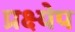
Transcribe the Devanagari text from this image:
प्रक्ष्येप